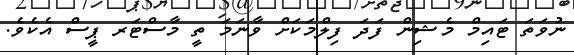
ނުވަތަ ޓައިމް މެޝިން ފަދަ ފިލްމަކަށް ވާނަމަ ތީ މާސްޓަރ ޕީސް އެކެވެ.